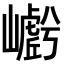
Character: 𭗩